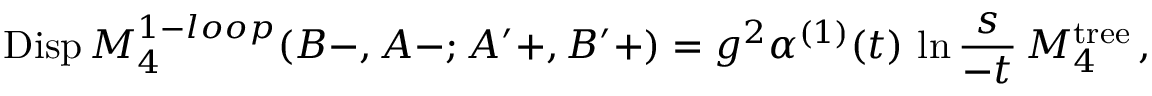
\mathrm { D i s p } \, M _ { 4 } ^ { 1 - l o o p } ( B - , A - ; A ^ { \prime } + , B ^ { \prime } + ) = g ^ { 2 } \alpha ^ { ( 1 ) } ( t ) \, \ln { \frac { s } { - t } } \, M _ { 4 } ^ { \mathrm { t r e e } } \, ,